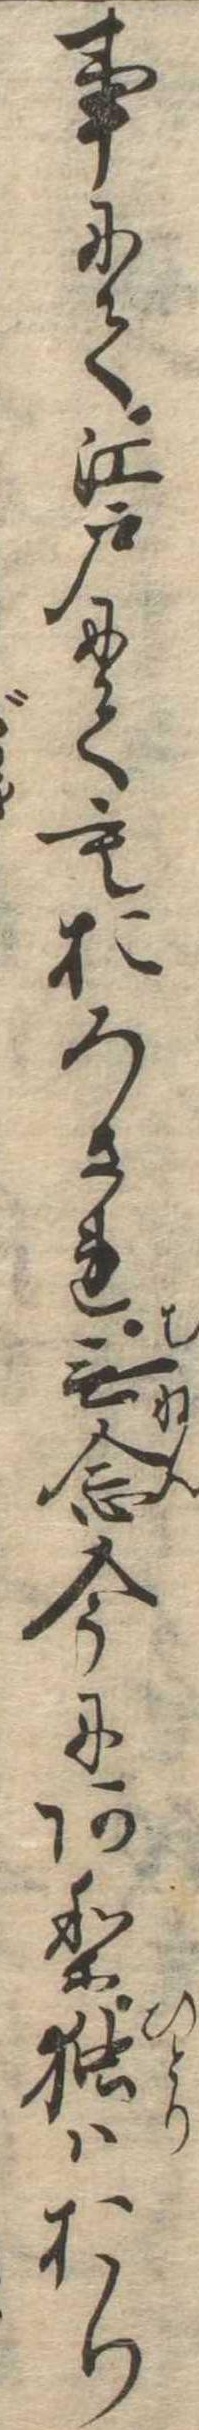
事にて江戸にてもおろされ無念今にあり独はおり